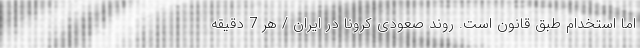
اما استخدام طبق قانون است. روند صعودی کرونا در ايران / هر 7 دقیقه